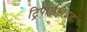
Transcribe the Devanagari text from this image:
ट्रिपार्समाइड